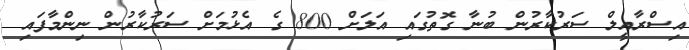
އިސްރާއީލް ސަރުކާރުން ބުނާ ގޮތުގައި އަލަށް 800 ގެ އެޅުމަށް ސަރުކާރުން ނިންމާފައި